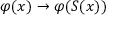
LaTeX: \varphi ( x ) \to \varphi ( S ( x ) )